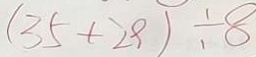
( 3 5 + 2 9 ) \div 8